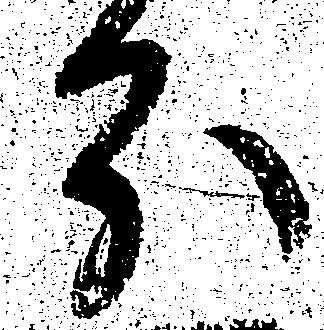
分